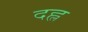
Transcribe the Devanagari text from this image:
दह्ल